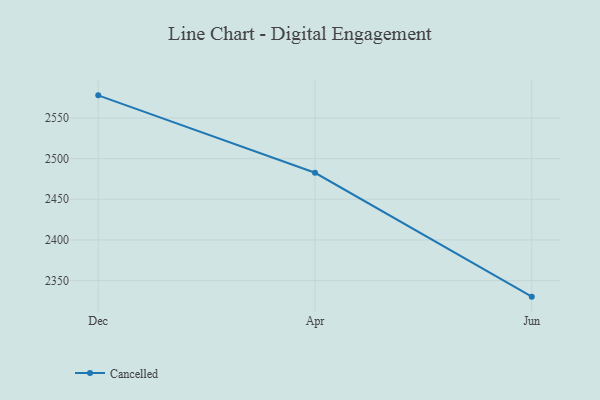
{"axis": {"x": "Month", "y": "Conversion Rate (%)"}, "legend": ["Cancelled"], "data": [{"x": "Dec", "y": 2577.8, "type": "Cancelled"}, {"x": "Apr", "y": 2482.6, "type": "Cancelled"}, {"x": "Jun", "y": 2330.3, "type": "Cancelled"}]}